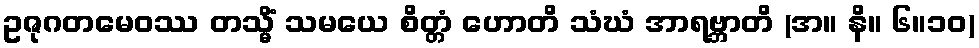
ဥဇုဂတမေဝဿ တသ္မိံ သမယေ စိတ္တံ ဟောတိ သံဃံ အာရဗ္ဘာတိ (အ။ နိ။ ၆။၁၀)